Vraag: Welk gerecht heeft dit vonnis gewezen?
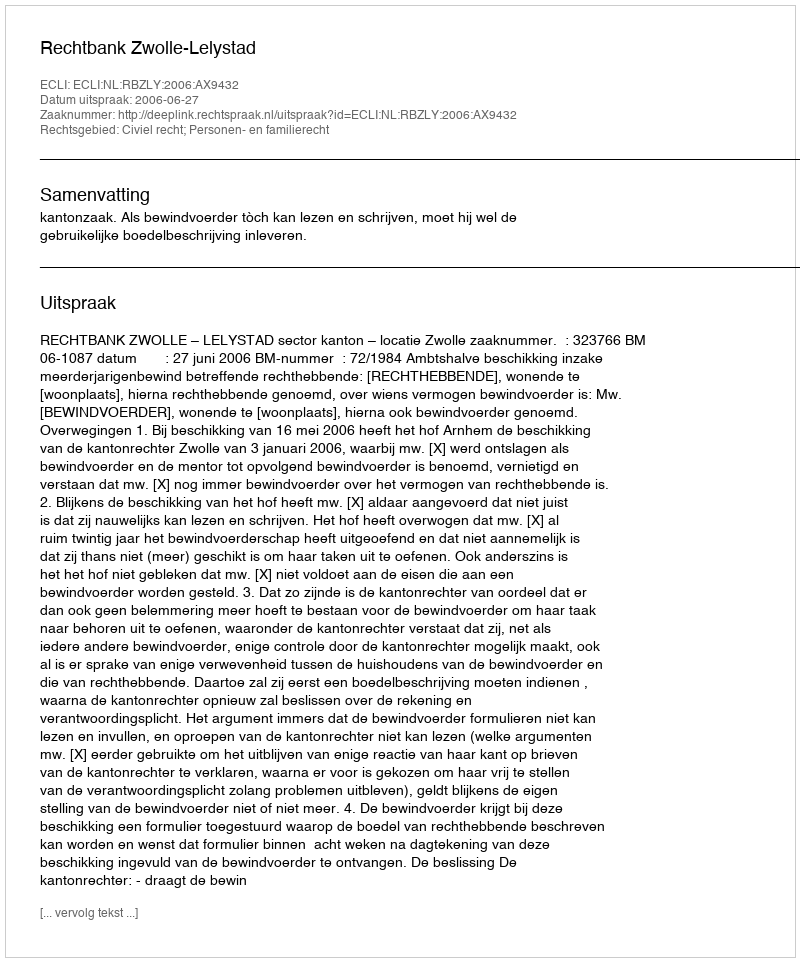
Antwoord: Rechtbank Zwolle-Lelystad